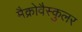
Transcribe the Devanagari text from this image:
मैक्रोवैस्कुलर